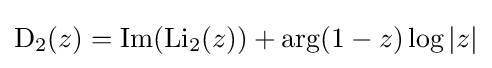
\operatorname {D} _{2}(z)=\operatorname {Im} (\operatorname {Li} _{2}(z))+\arg(1-z)\log |z|